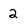
Character: 2